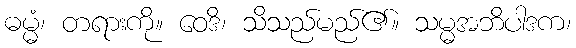
ဓမ္မံ၊ တရားကို။ ဝေဒိ၊ သိသည်မည်၏။ သမ္မအဘိပါဒက၊